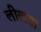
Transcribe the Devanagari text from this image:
लीलता